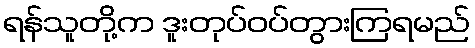
ရန်သူတို့က ဒူးတုပ်ဝပ်တွားကြရမည်